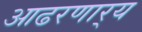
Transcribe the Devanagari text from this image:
आढरणार्‍य